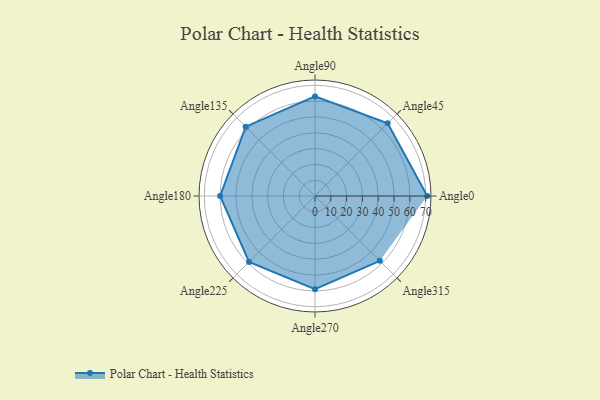
{"axis": {"x": "Angle", "y": "Radius"}, "legend": [""], "data": [{"x": "Angle0", "y": 71.0, "type": ""}, {"x": "Angle45", "y": 65.0, "type": ""}, {"x": "Angle90", "y": 63.0, "type": ""}, {"x": "Angle135", "y": 62.0, "type": ""}, {"x": "Angle180", "y": 60.0, "type": ""}, {"x": "Angle225", "y": 59.0, "type": ""}, {"x": "Angle270", "y": 59.0, "type": ""}, {"x": "Angle315", "y": 58.0, "type": ""}]}